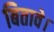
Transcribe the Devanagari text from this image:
बितावे।